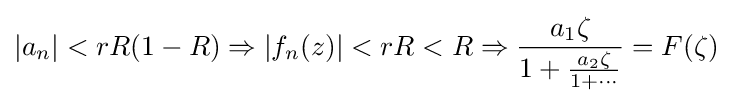
|a_{n}|<rR(1-R)\Rightarrow \left|f_{n}(z)\right|<rR<R\Rightarrow {\frac {a_{1}\zeta }{1+{\frac {a_{2}\zeta }{1+\cdots }}}}=F(\zeta )